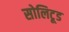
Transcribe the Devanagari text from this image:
सोलिटूड